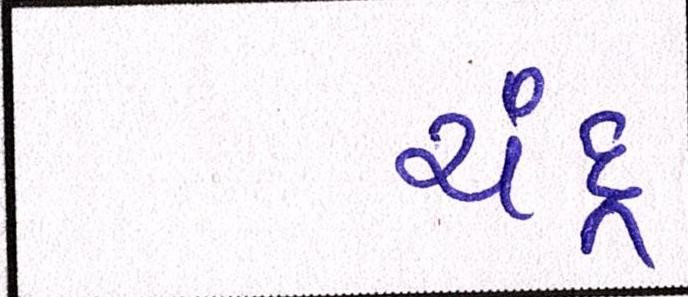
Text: ચંદ્ર